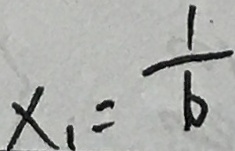
x _ { 1 } = \frac { 1 } { 6 }